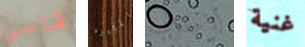
قاسى المثيره الاسلوب غنية